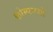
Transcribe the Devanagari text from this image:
कोम्पनयों